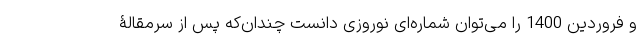
و فروردین 1400 را می‌توان شماره‌ای نوروزی دانست چندان‌که پس از سرمقالۀ